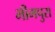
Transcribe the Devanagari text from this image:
भीमपुरा